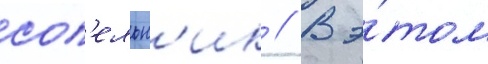
соп'ельн'ик // В э́том